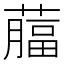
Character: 𦾕